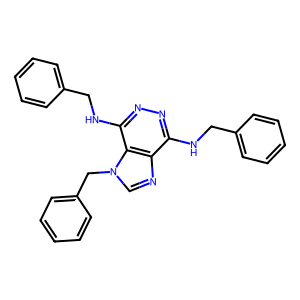
SMILES: c1ccc(CNc2nnc(NCc3ccccc3)c3c2ncn3Cc2ccccc2)cc1
Inhibits HIV replication: No